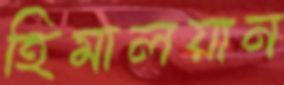
হিমালয়ান